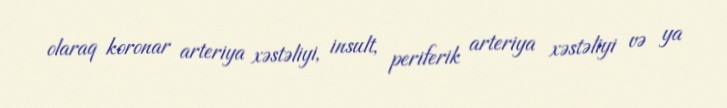
olaraq koronar arteriya xəstəliyi, insult, periferik arteriya xəstəliyi və ya